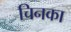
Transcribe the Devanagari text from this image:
चिनका